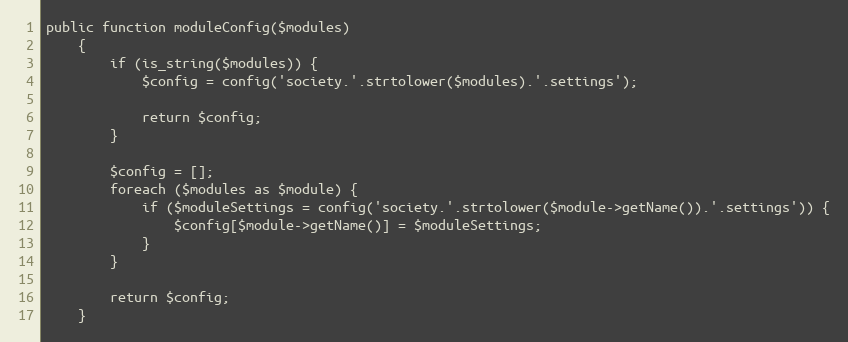
Language: PHP
public function moduleConfig($modules)
    {
        if (is_string($modules)) {
            $config = config('society.'.strtolower($modules).'.settings');

            return $config;
        }

        $config = [];
        foreach ($modules as $module) {
            if ($moduleSettings = config('society.'.strtolower($module->getName()).'.settings')) {
                $config[$module->getName()] = $moduleSettings;
            }
        }

        return $config;
    }